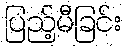
ပြည့်မီခြင်း